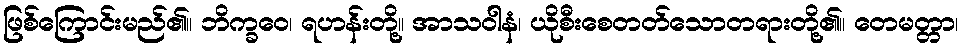
ဖြစ်ကြောင်းမည်၏။ ဘိက္ခဝေ၊ ရဟန်းတို့။ အာသဝါနံ၊ ယိုစီးစေတတ်သောတရားတို့၏။ တေမတ္တာ၊